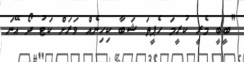
"ބީބީ މެރީ ކުރީމަ ހެޕީތަ ޝަބާ ކިހިނެއް ވަރަށް ކަޓު ދޯ އޭނަ